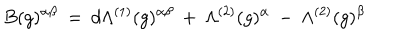
B ( g ) ^ { \alpha \beta } \: = \: d \Lambda ^ { ( 1 ) } ( g ) ^ { \alpha \beta } \: + \: \Lambda ^ { ( 2 ) } ( g ) ^ { \alpha } \: - \: \Lambda ^ { ( 2 ) } ( g ) ^ { \beta }